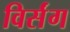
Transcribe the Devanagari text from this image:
विर्संग